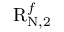
\mathrm { R } _ { \mathrm { N } , 2 } ^ { f }